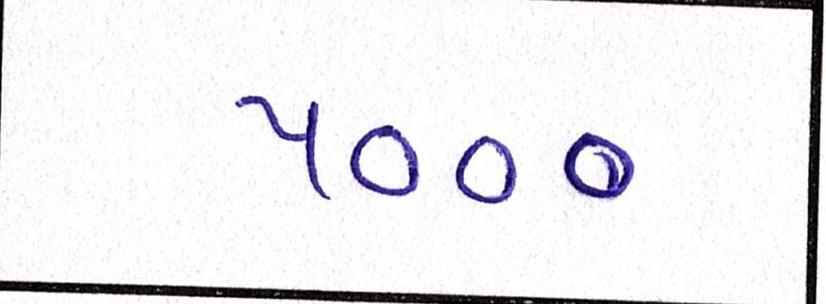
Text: ૫૦૦૦